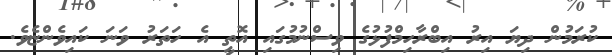
ކުރަމުން ދިޔަ އިރު އިބްރާހިމްފުޅުގެ ވިސްނުމުގައި އޮތީ އެ ހަތަރު ވަނަ ކައިވެންޏެވެ.